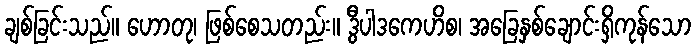
ချစ်ခြင်းသည်။ ဟောတု၊ ဖြစ်စေသတည်း။ ဒွီပါဒကေဟိစ၊ အခြေနှစ်ချောင်းရှိကုန်သော